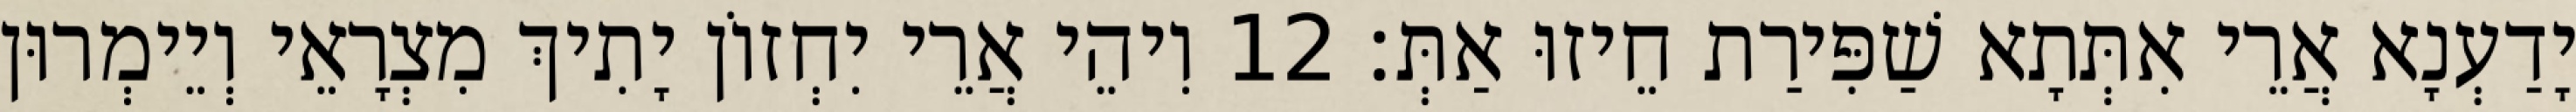
יָדַעְנָא אֲרֵי אִתְּתָא שַׁפִּירַת חֵיזוּ אַתְּ׃ 12 וִיהֵי אֲרֵי יִחְזוֹן יָתִיךְ מִצְרָאֵי וְיֵימְרוּן